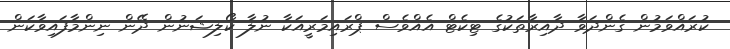
ކުރައްވަމުން ގެންދަވާ ދާއިރާތަކުގެ ޓިކެޓް އެއްވެސް ޕްރައިމަރީއަކާ ނުލާ ކޯލިޝަނުން ދޭން ނިންމާފައިވާކަން